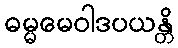
ဓမ္မမေဝါဒပယန္တိ